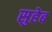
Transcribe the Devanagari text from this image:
सुहेब